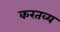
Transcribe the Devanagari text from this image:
करतव्य